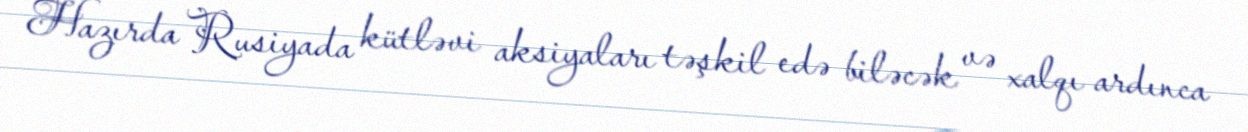
Hazırda Rusiyada kütləvi aksiyaları təşkil edə biləcək və xalqı ardınca